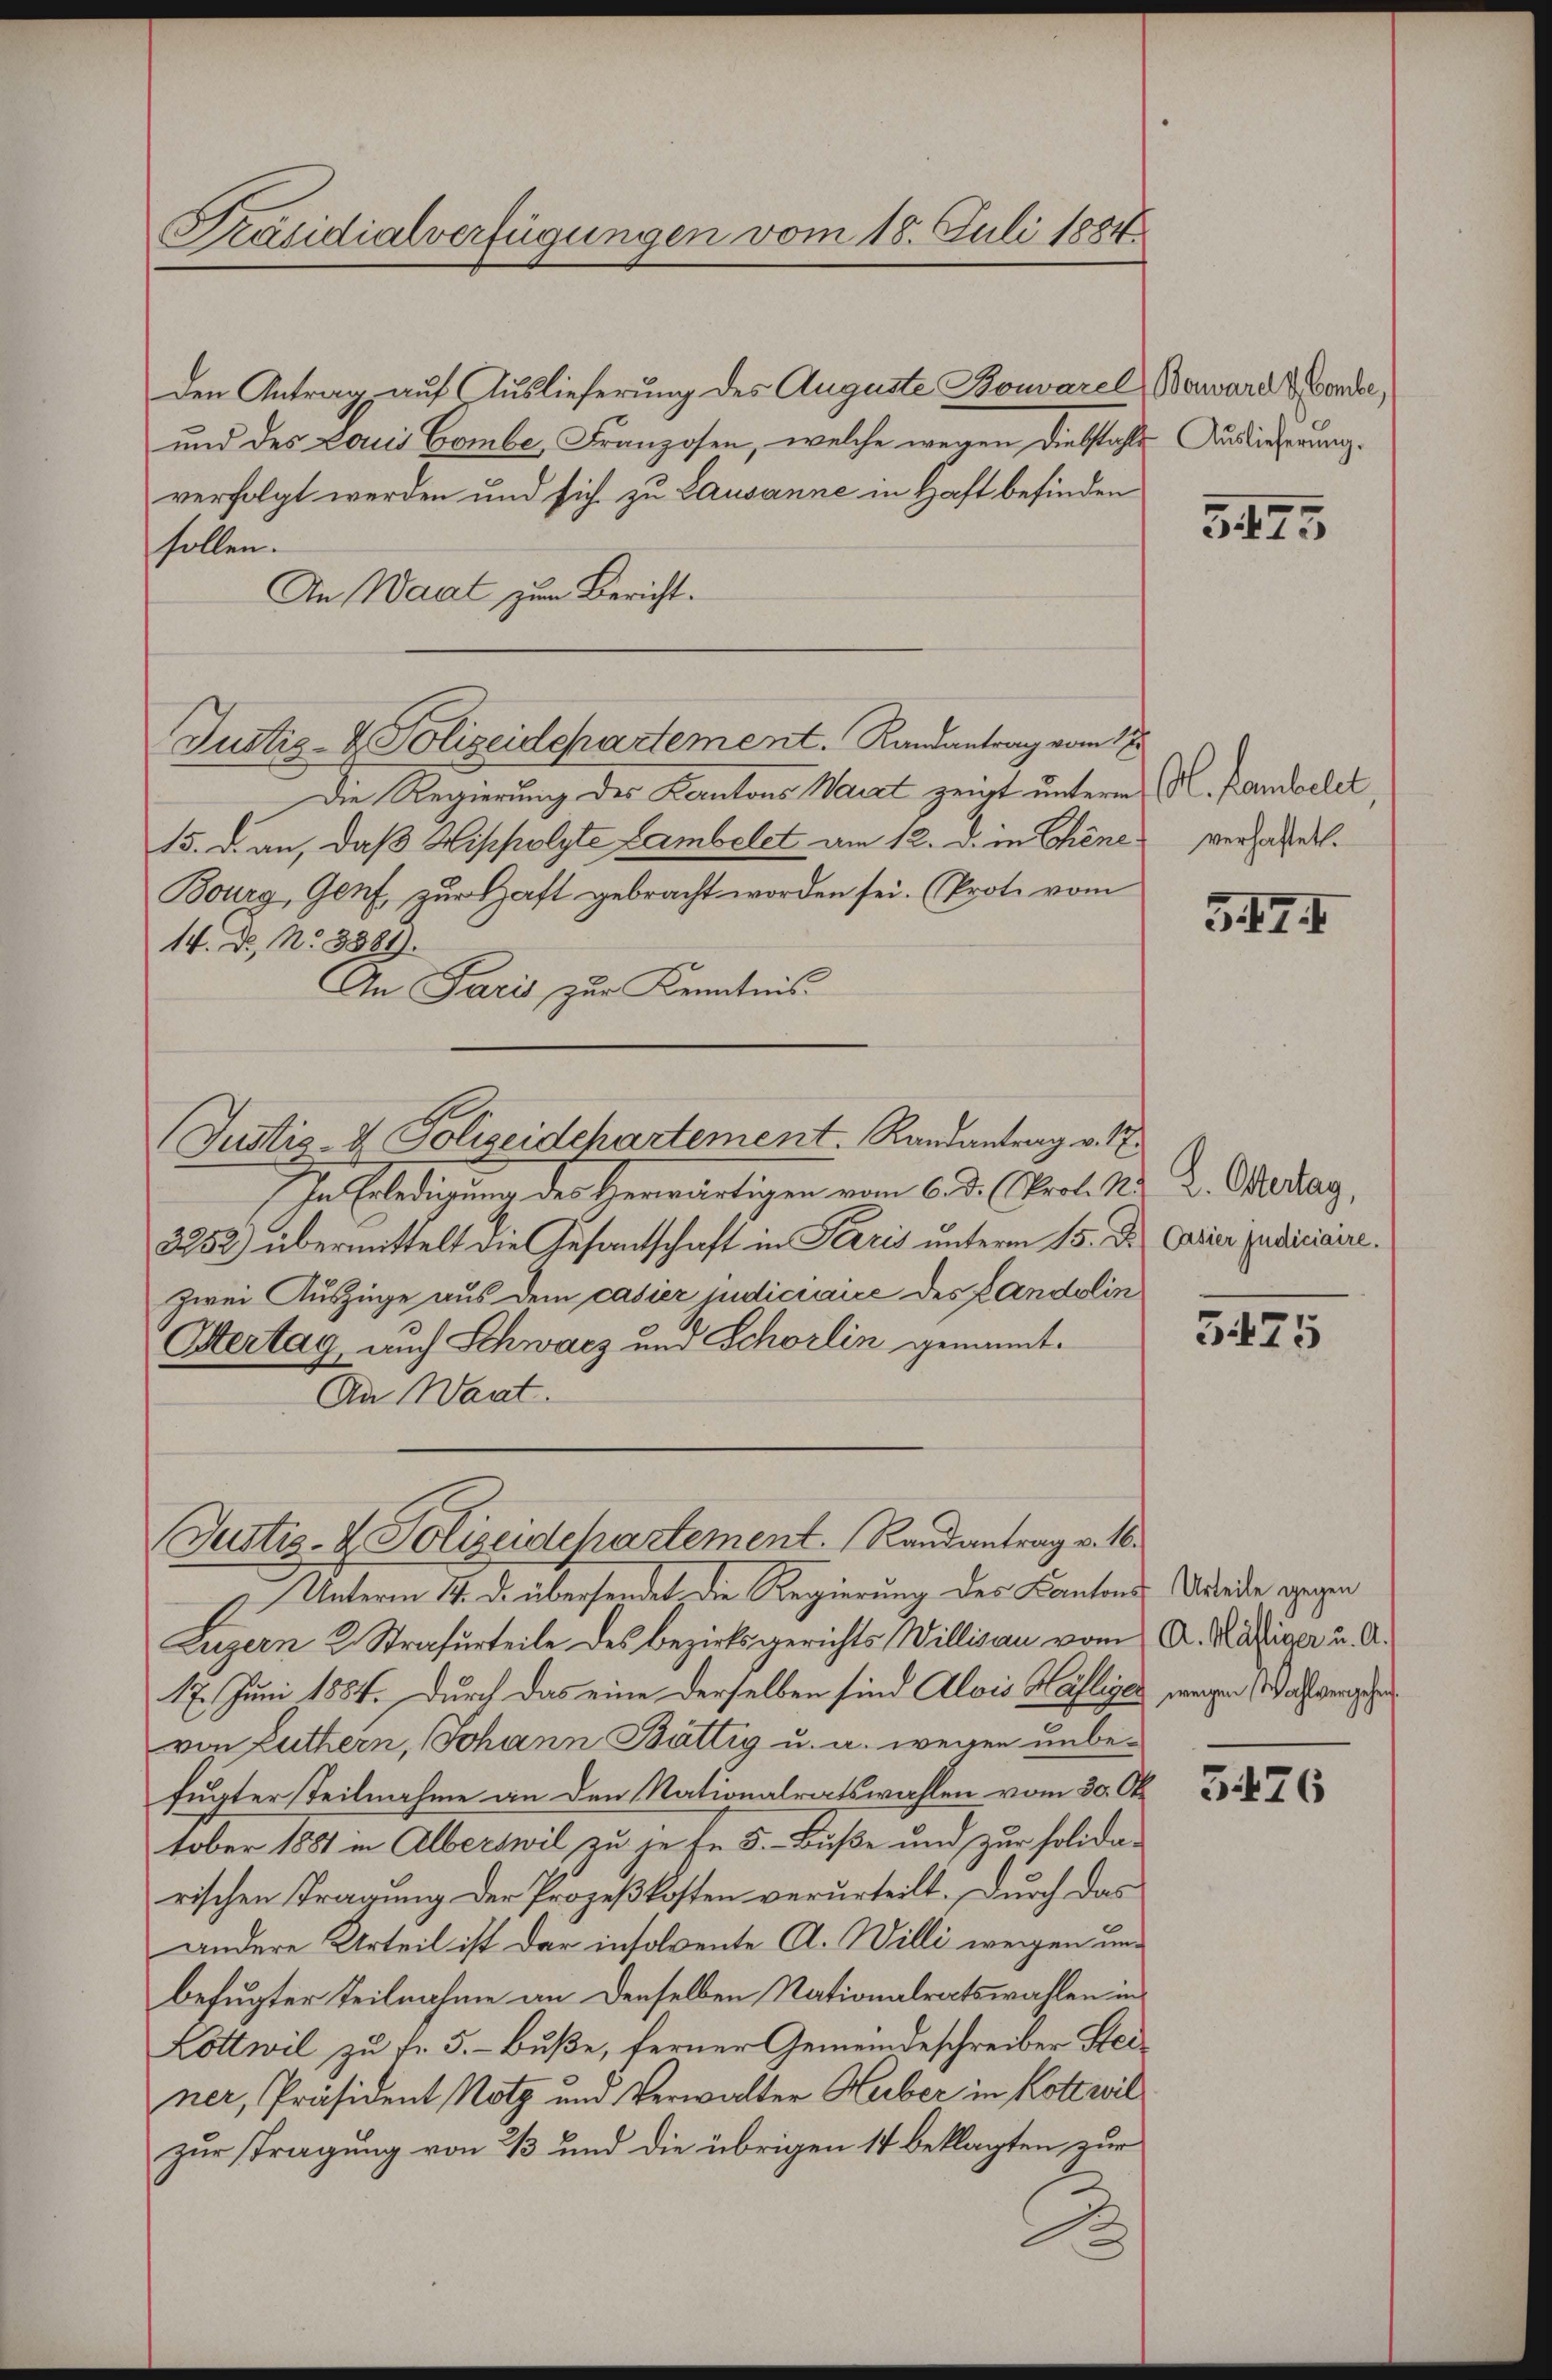
Präsidialverfügungen vom 18. Juli 1884

Den Antrag auf Auslieferung des Auguste Bonvarel Beward Bande,
und des Laui Gombe, Franzosen, welche wegen Diebstahls Auslieferung.
verfolgt werden und sich zu Lausanne in Haft befinden
sollen.
An Waadt zum Bericht.
Justiz- & Polizeidepartement. Randantrag vom 17.
Die Regierung des Kantons Waarzt zeigt unterm M. Pandecker,
15. d. an, daß Hippolyte Lambelct am 12. d. in Chine
Bourg, Genf zur Haft gebracht worden sei. (Prote vom
14. Dr. No 3381).
An Paris zur Kenntnis
In Erledigung des Herwärtigen vom 6. d. (Prol. K. K. Oertag,
3252) übermittelt die Gesantschaft in Terris unterm 15. Dr. Casie judiciaire.
zwei Auszüge aus dem casier judiciaire des Landolin
Hertag, auch Schwarz und Schörlin genannt.
An Waat.
Justiz- & Polizeidepartement. Randantrag v. 16.
Unterm 17. D. übersendet die Regierung des Kantons Urteile gegen
Luzern 2. Strafurteile des Bezirksgerichts Willisau vom A. M. Aiger u. A.
17. Juni 1884. Durch das eine derselben sind Alois Häfliges wegen Wahlversehen
von Luthern, Johann Bättig u. a. wegen unbefugter Teilnahme an den Nationalratswahlen vom 30. Ok
tober 1881 in Alberswil zu je fr. 5.- Buße und zur Polida-
rischen Tragung der Prozeßkosten verurteilt. Durch das
andere Urteil ist der insolvente A. Willi wegen und
befugter Teilnahme an denselben Nationalratswahlen in
Köttwil zu fr. 5.- Buße, ferner Gemeindeschreiber Steiner, Präsident Notz um Verwalter Huber in Kottwil
zur stragung von 33 und die übrigen 14 beklagten zur

Justiz- & Polizeidchartement. Randantrag v. 1

3475

verhaftet.

342. I

3475

3426